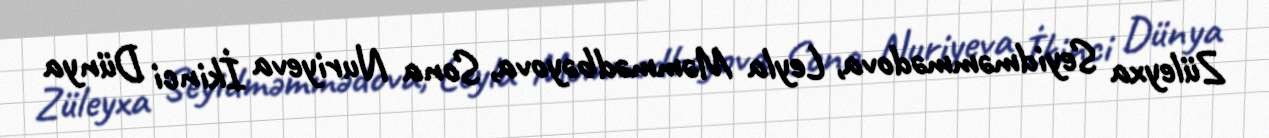
Züleyxa Seyidməmmədova, Leyla Məmmədbəyova, Sona Nuriyeva İkinci Dünya